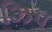
ઝિપ